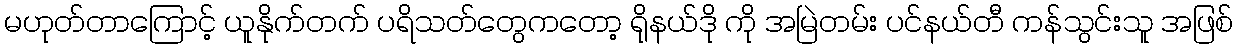
မဟုတ်တာကြောင့် ယူနိုက်တက် ပရိသတ်တွေကတော့ ရိုနယ်ဒို ကို အမြဲတမ်း ပင်နယ်တီ ကန်သွင်းသူ အဖြစ်